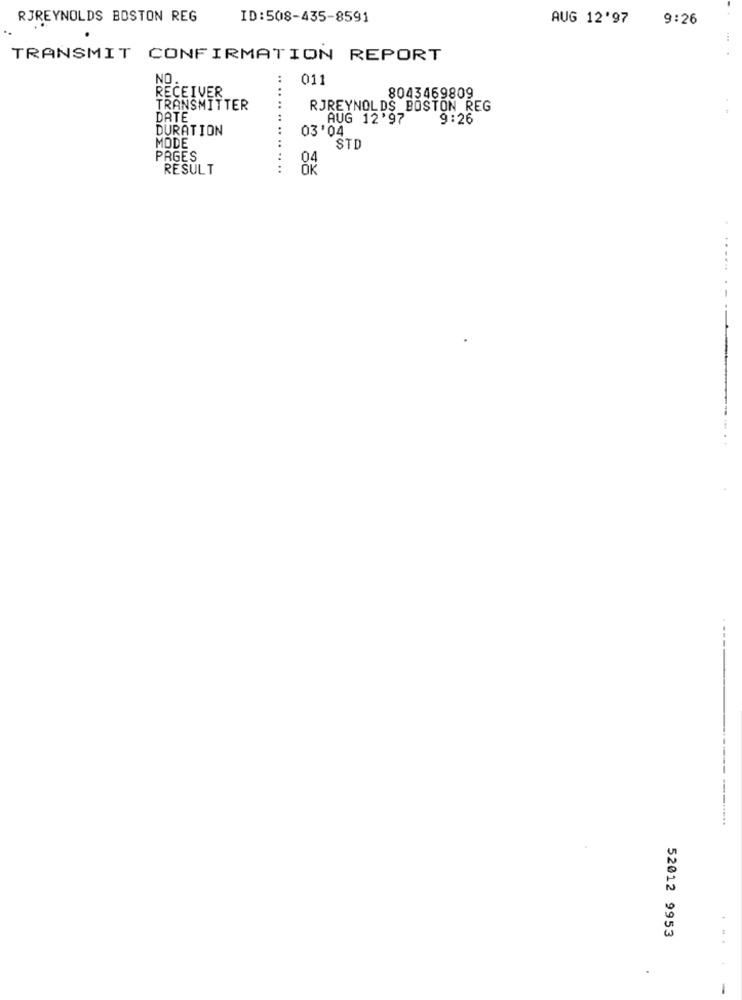
RJREYNOLDS BOSTON REG
ID:508-435-8591
AUG 12'97
9:26
TRANSMIT CONFIRMATION REPORT
NO
011
RECEIVER
8043469809
TRANSMITTER
RJREYNOLDS BOSTON REG
DATE
AUG 12'97
9:26
DURATION
03'04
MODE
STD
PAGES
RESULT
................
-----
------
52012 9953